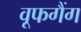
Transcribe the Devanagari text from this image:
वूफगैंग